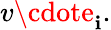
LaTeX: v\cdote_{\mathbf{i}}.